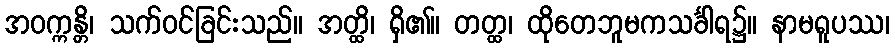
အဝက္ကန္တိ၊ သက်ဝင်ခြင်းသည်။ အတ္ထိ၊ ရှိ၏။ တတ္ထ၊ ထိုတေဘူမကသင်္ခါရ၌။ နာမရူပဿ၊